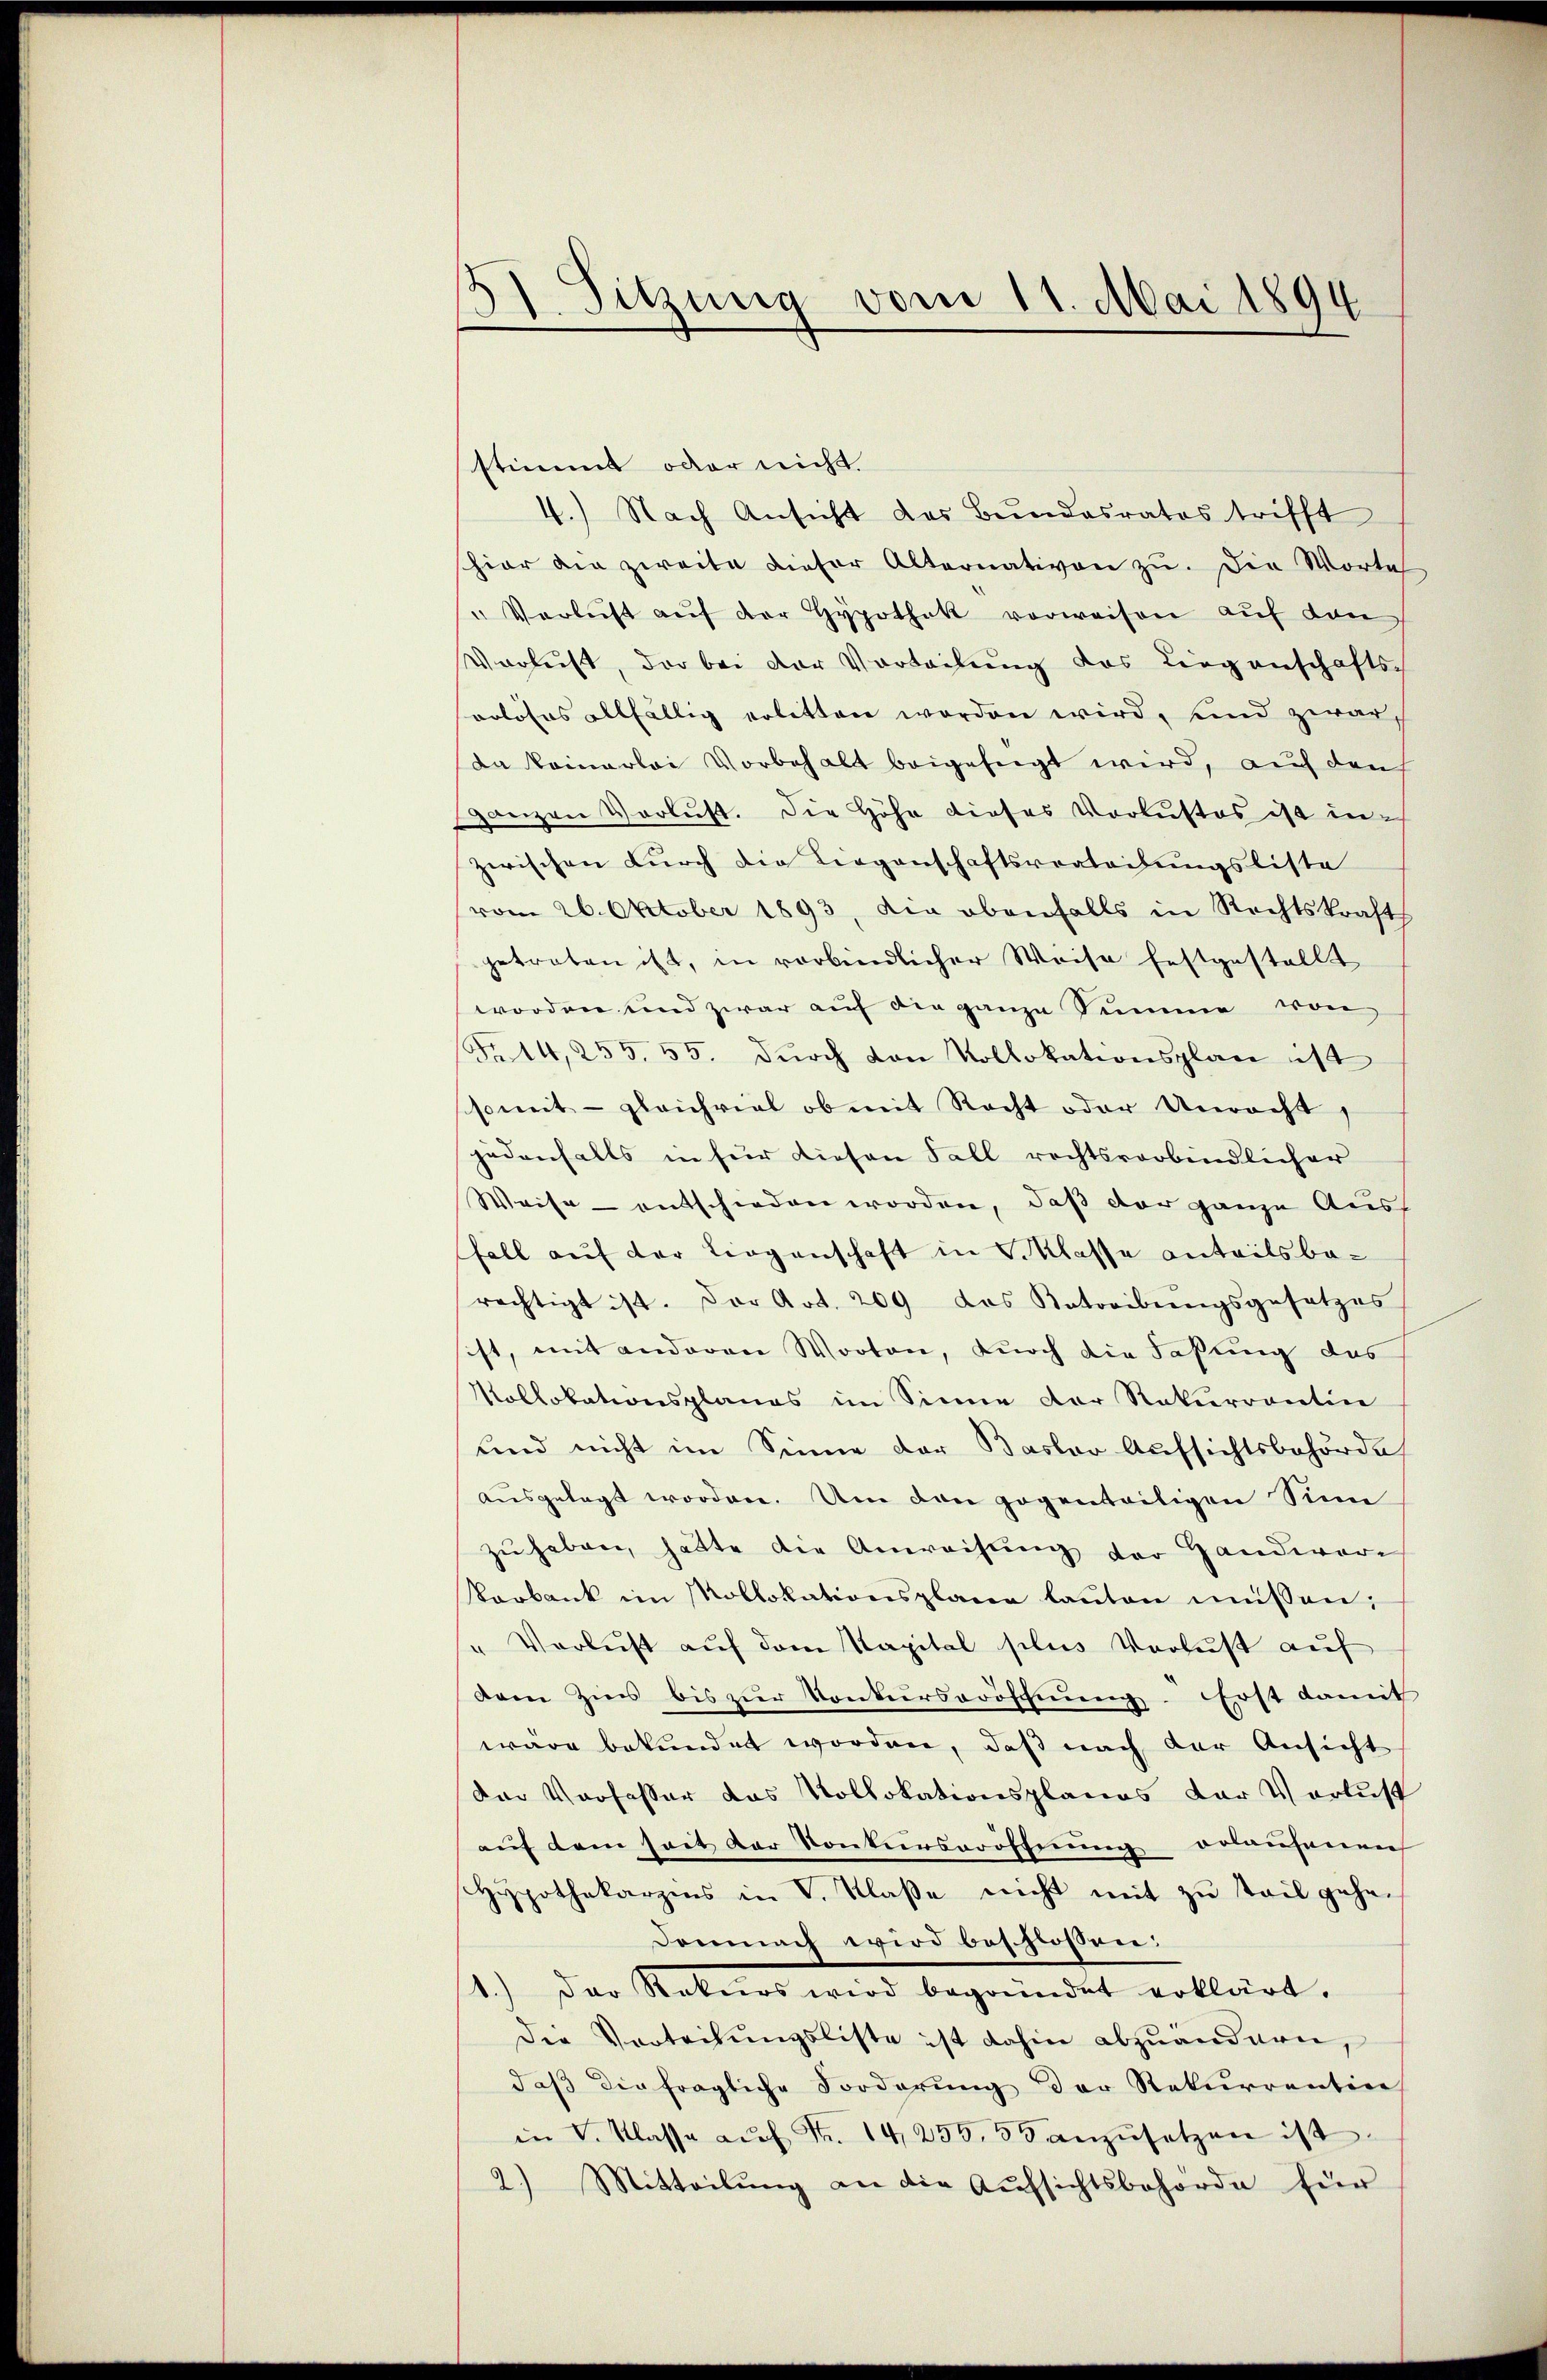
131. Sitzung vom 11. Mai 1894

stimmt oder nicht.
4.) Nach Ansicht des Bundesrates trifft
schier die zweite dieser Alternativen zu. Die Worte
" Verlust aŭf der Hypothek vorweisen auf den
Verlust, der bei der Vorteilŭng das Liegenschafts-
rrloses allfällig erlitten worden wird, und zwar,
da kommerlei Vorbehalt beigefügt wird, auch dan
ganzen Verlust. Die Höhe dieses Verlustes ist in-
zwischen Durch die Liegenschaftsverleihungsliste
vom 26. Oktober 1893, die obenfalls in Rechtskraft
getreten ist, in verbindlicher Weise festgestellt
worden und zwar auf die ganze Summe von
Fr. 14,255. 55. Dŭrch von Kollokationsplan ist
somit - gleichviel ob mit Recht oder Unracht,
jedenfalls in für diesen Fall rechtsverbindlicher
Weise entschieden worden, daß der ganze Auss
Fall auf der Liegenschaft in Klasse anteilsbarechtigt ist. Der Art. 209 das Antreibŭngsgesetzes
ist, mit anderen Worten, durch die Faßung das
Kollobationsplanes im Sinne der Rekurrentin
und nicht im Sinne der Basler Aufsichtsbehörde
ausgelegt worden. Um den gegenteiligen Sinn
zŭ haben, hatte die Anweisŭng der Handwer
Varbank im Mollokationsplane laŭten müssen;
" Verlust auf dem Kapital plus Verlust auf
dem Zins bis zŭr Konkurseröschnung. Erst damit
wäre bekundet worden, daß nach der Ansicht
Der Verfasser das Vollokationsplanes der Verlust
auf dem seit der Konkurseröffnung erlaufenen
Hypothekarzens in V. Klaße nicht mit zu teil gehe¬
Demnach wird beschloßen:
1.) Der Rekurs wird begründet erklärt.
Die Vertretungsliste ist dahin abzuändern,
daß die fragliche Forderung der Rekurrentine
in V. Klasse aŭf Fr. 14,255, 50 anzŭsetzen ist.
2.) Mitteilŭng an die Aufsichtsbehörde für